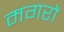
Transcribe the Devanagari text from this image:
मगरों